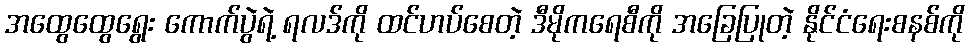
အထွေထွေရွေး ကောက်ပွဲရဲ့ ရလဒ်ကို ထင်ဟပ်စေတဲ့ ဒီမိုကရေစီကို အခြေပြုတဲ့ နိုင်ငံရေးစနစ်ကို